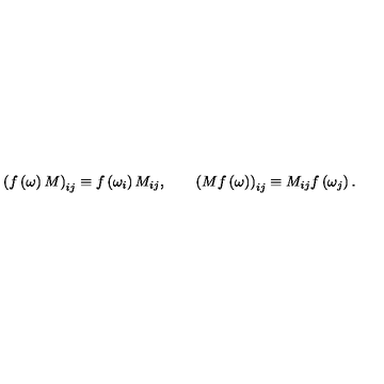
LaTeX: \left( f \left( \omega \right) M \right) _ { i j } \equiv f \left( \omega _ { i } \right) M _ { i j } , \qquad \left( M f \left( \omega \right) \right) _ { i j } \equiv M _ { i j } f \left( \omega _ { j } \right) .